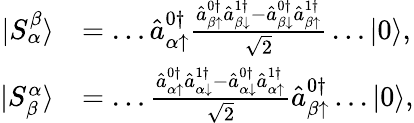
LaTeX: \begin{array}{rl}{|S_{\alpha}^{\beta}\rangle}&{=\dots\hat{a}_{\alpha\uparrow}^{0\dagger}\frac{\hat{a}_{\beta\uparrow}^{0\dagger}\hat{a}_{\beta\downarrow}^{1\dagger}-\hat{a}_{\beta\downarrow}^{0\dagger}\hat{a}_{\beta\uparrow}^{1\dagger}}{\sqrt{2}}\dots|0\rangle,}\\ {|S_{\beta}^{\alpha}\rangle}&{=\dots\frac{\hat{a}_{\alpha\uparrow}^{0\dagger}\hat{a}_{\alpha\downarrow}^{1\dagger}-\hat{a}_{\alpha\downarrow}^{0\dagger}\hat{a}_{\alpha\uparrow}^{1\dagger}}{\sqrt{2}}\hat{a}_{\beta\uparrow}^{0\dagger}\dots|0\rangle,}\end{array}